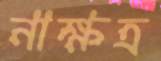
নাক্ষত্র